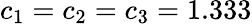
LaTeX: c_{1}=c_{2}=c_{3}=1.333